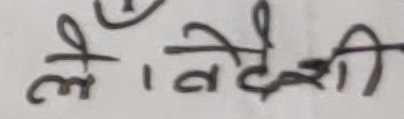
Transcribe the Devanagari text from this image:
लै । वैदेही